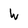
Character: W